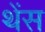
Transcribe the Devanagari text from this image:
थेंस